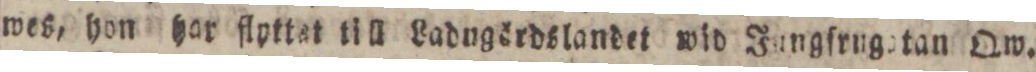
wes, hon hor flpttat till Ladngördslandet wid Jungfrugatan Qw.